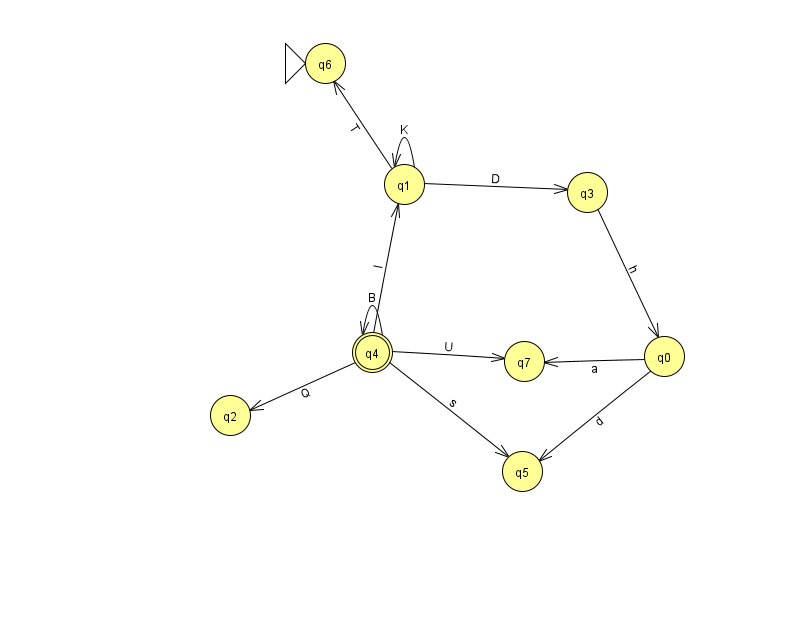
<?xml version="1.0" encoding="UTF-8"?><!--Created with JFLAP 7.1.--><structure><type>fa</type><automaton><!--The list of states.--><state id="0" name="q0"><x>664.0</x><y>343.0</y></state><state id="1" name="q1"><x>404.0</x><y>171.0</y></state><state id="2" name="q2"><x>230.0</x><y>402.0</y></state><state id="3" name="q3"><x>587.0</x><y>179.0</y></state><state id="4" name="q4"><x>372.0</x><y>339.0</y><final/></state><state id="5" name="q5"><x>522.0</x><y>458.0</y></state><state id="6" name="q6"><x>325.0</x><y>50.0</y><initial/></state><state id="7" name="q7"><x>524.0</x><y>348.0</y></state><!--The list of transitions.--><transition><from>1</from><to>6</to><read>T</read></transition><transition><from>4</from><to>4</to><read>B</read></transition><transition><from>3</from><to>0</to><read>h</read></transition><transition><from>4</from><to>2</to><read>Q</read></transition><transition><from>4</from><to>7</to><read>U</read></transition><transition><from>4</from><to>1</to><read>l</read></transition><transition><from>0</from><to>5</to><read>d</read></transition><transition><from>1</from><to>1</to><read>K</read></transition><transition><from>1</from><to>3</to><read>D</read></transition><transition><from>0</from><to>7</to><read>a</read></transition><transition><from>4</from><to>5</to><read>s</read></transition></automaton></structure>